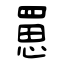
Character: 罳